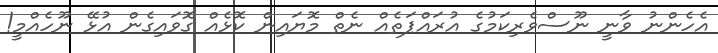
އެހެންނު ވާނީ ނޫސްވެރިކަމުގެ އުރައްޕަތެއް ނެތް މޮޔައިން ކޮޅެއް ގޮވައިގެން އުޅޭ ނޫހެއްމީ!